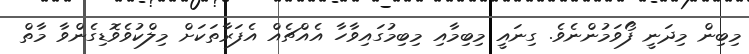
މިބިން މިދަނީ ފޯވަމުންނެވެ. ގިނައީ މިބިމާއި މިބިމުގައިވާހާ އެއްޗެއް އެފަރާތަކަށް މިލްކުވެވޮޑިގެންވާ މާތް